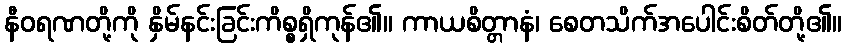
နီဝရဏတို့ကို နှိမ်နင်းခြင်းကိစ္စရှိကုန်၏။ ကာယစိတ္တာနံ၊ စေတသိက်အပေါင်းစိတ်တို့၏။